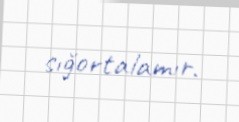
sığortalamır.